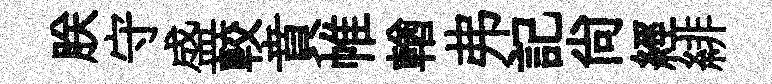
朕守盛較賁帷輶弗記尚經緋